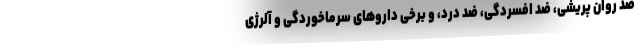
ضد روان پریشی، ضد افسردگی، ضد درد، و برخی داروهای سرماخوردگی و آلرژی